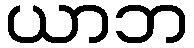
ယာဘ